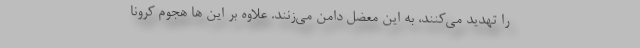
را تهدید می‌کنند، به این معضل دامن می‌زنند. علاوه بر این ها هجوم کرونا